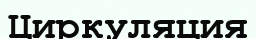
Циркуляция